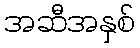
အဆီအနှစ်